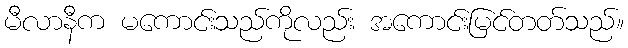
မီလာနီက မကောင်းသည်ကိုလည်း အကောင်းမြင်တတ်သည်။